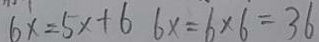
6 x = 5 x + 6 6 x = 6 \times 6 = 3 6